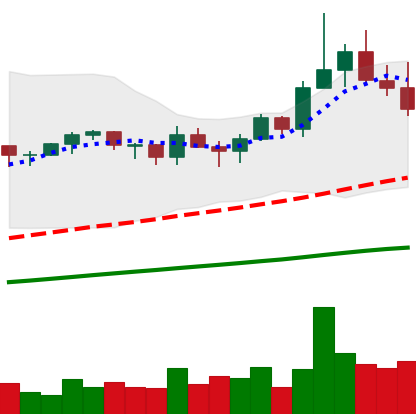
Ticker: TRX-USD
Chart end date: 2021-03-24
Forward return: 15.535%
Label: up_7plus